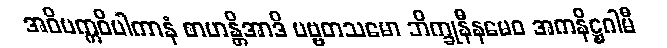
အဝိပက္ကဝိပါကာနံ စာဟန္တိအာဒိ ပဗ္ဗတသမော ဘိက္ခုနီနမေဝ အကနိဋ္ဌဂါမီ